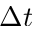
\Delta t